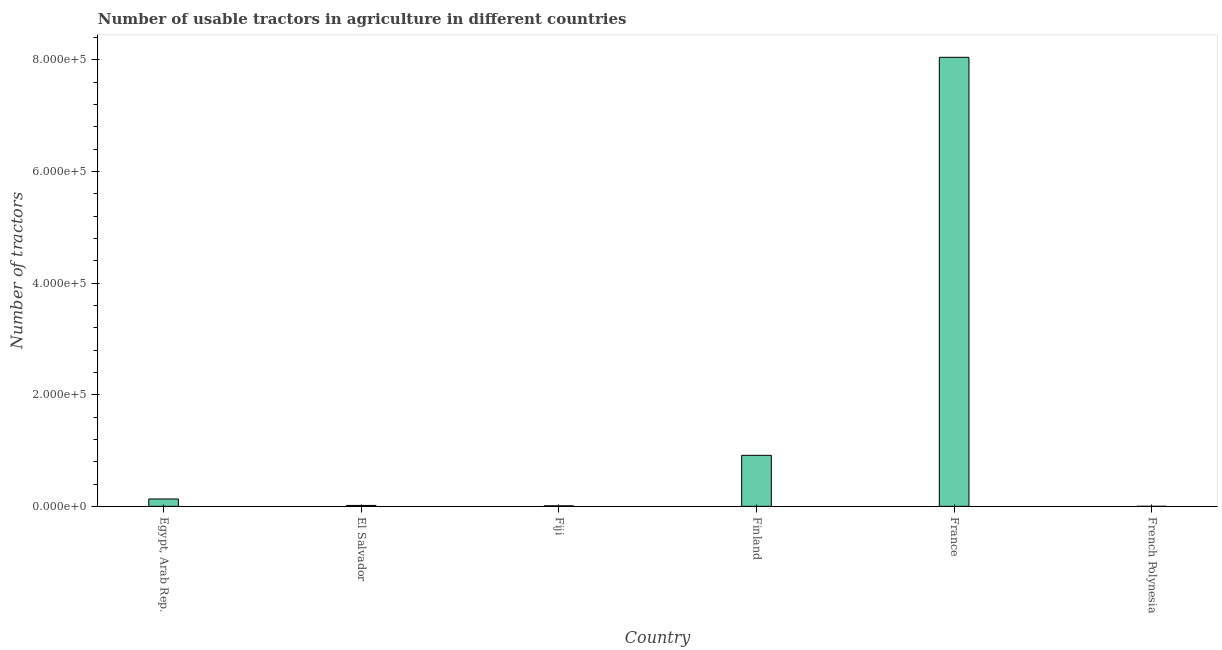
| Country | Agricultural machinery |
 | --- | --- |
 | Egypt, Arab Rep. | 1.32e+04 |
 | El Salvador | 1.65e+03 |
 | Fiji | 975 |
 | Finland | 9.14e+04 |
 | France | 8.04e+05 |
 | French Polynesia | 55 |